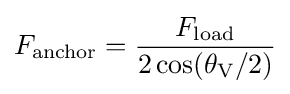
F_{\text{anchor}}={\frac {F_{\text{load}}}{2\cos(\theta _{\text{V}}/2)}}